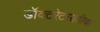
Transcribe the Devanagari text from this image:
डॉक्टरेटसाठीचा